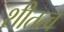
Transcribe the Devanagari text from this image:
शीतत्व